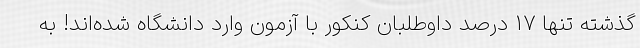
گذشته تنها 17 درصد داوطلبان کنکور با آزمون وارد دانشگاه شده‌اند! به